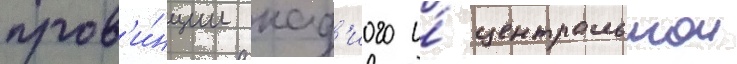
пров'и́нции кад'иого и́ центральнои